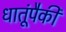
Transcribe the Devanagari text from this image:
धातूंपैकी